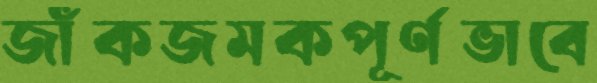
জাঁকজমকপূর্ণভাবে